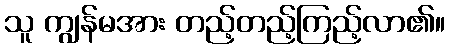
သူ ကျွန်မအား တည့်တည့်ကြည့်လာ၏။